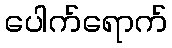
ပေါက်ရောက်